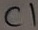
Text: C1